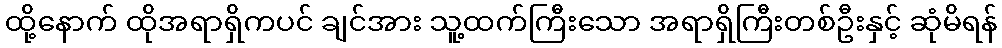
ထို့နောက် ထိုအရာရှိကပင် ချင်အား သူ့ထက်ကြီးသော အရာရှိကြီးတစ်ဦးနှင့် ဆုံမိရန်